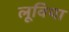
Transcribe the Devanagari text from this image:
लूविया